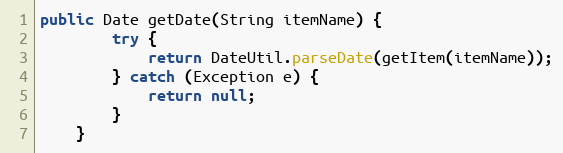
Language: Java
public Date getDate(String itemName) {
        try {
            return DateUtil.parseDate(getItem(itemName));
        } catch (Exception e) {
            return null;
        }
    }